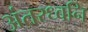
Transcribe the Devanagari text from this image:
अंतरध्वनि